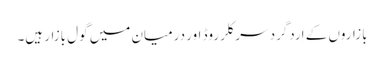
بازاروں کے اِردگرد سرکلر روڈ اور درمیان میں گول بازار ہیں۔